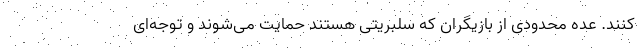
کنند. عده محدودی از بازیگران که سلبریتی هستند حمایت می‌شوند و توجه‌ای